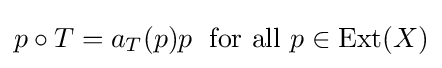
p\circ T=a_{T}(p)p\;{\mbox{ for all }}p\in \mathrm {Ext} (X)